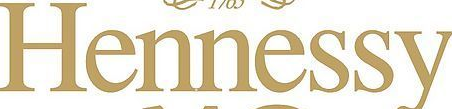
Hennessy